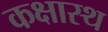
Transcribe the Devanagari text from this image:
कक्षास्थ